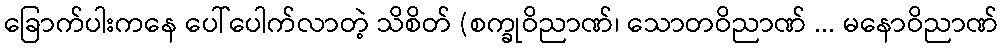
ခြောက်ပါးကနေ ပေါ်ပေါက်လာတဲ့ သိစိတ် (စက္ခုဝိညာဏ်၊ သောတဝိညာဏ် ... မနောဝိညာဏ်